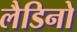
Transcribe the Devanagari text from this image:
लैडिनो